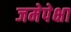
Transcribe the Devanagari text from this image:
जमेपेक्षा